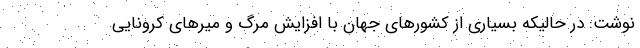
نوشت: در حالیکه بسیاری از کشورهای جهان با افزایش مرگ و میرهای کرونایی